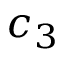
c _ { 3 }